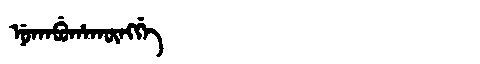
Manchu: ᠨᡠᡴᠠᠪᡠᡥᠠᡴᡡᠩᡤᡝ
Romanization: NUKABUHAKŪNGGE